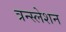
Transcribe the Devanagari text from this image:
त्रन्स्लेशन